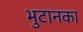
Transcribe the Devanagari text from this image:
भुटानका